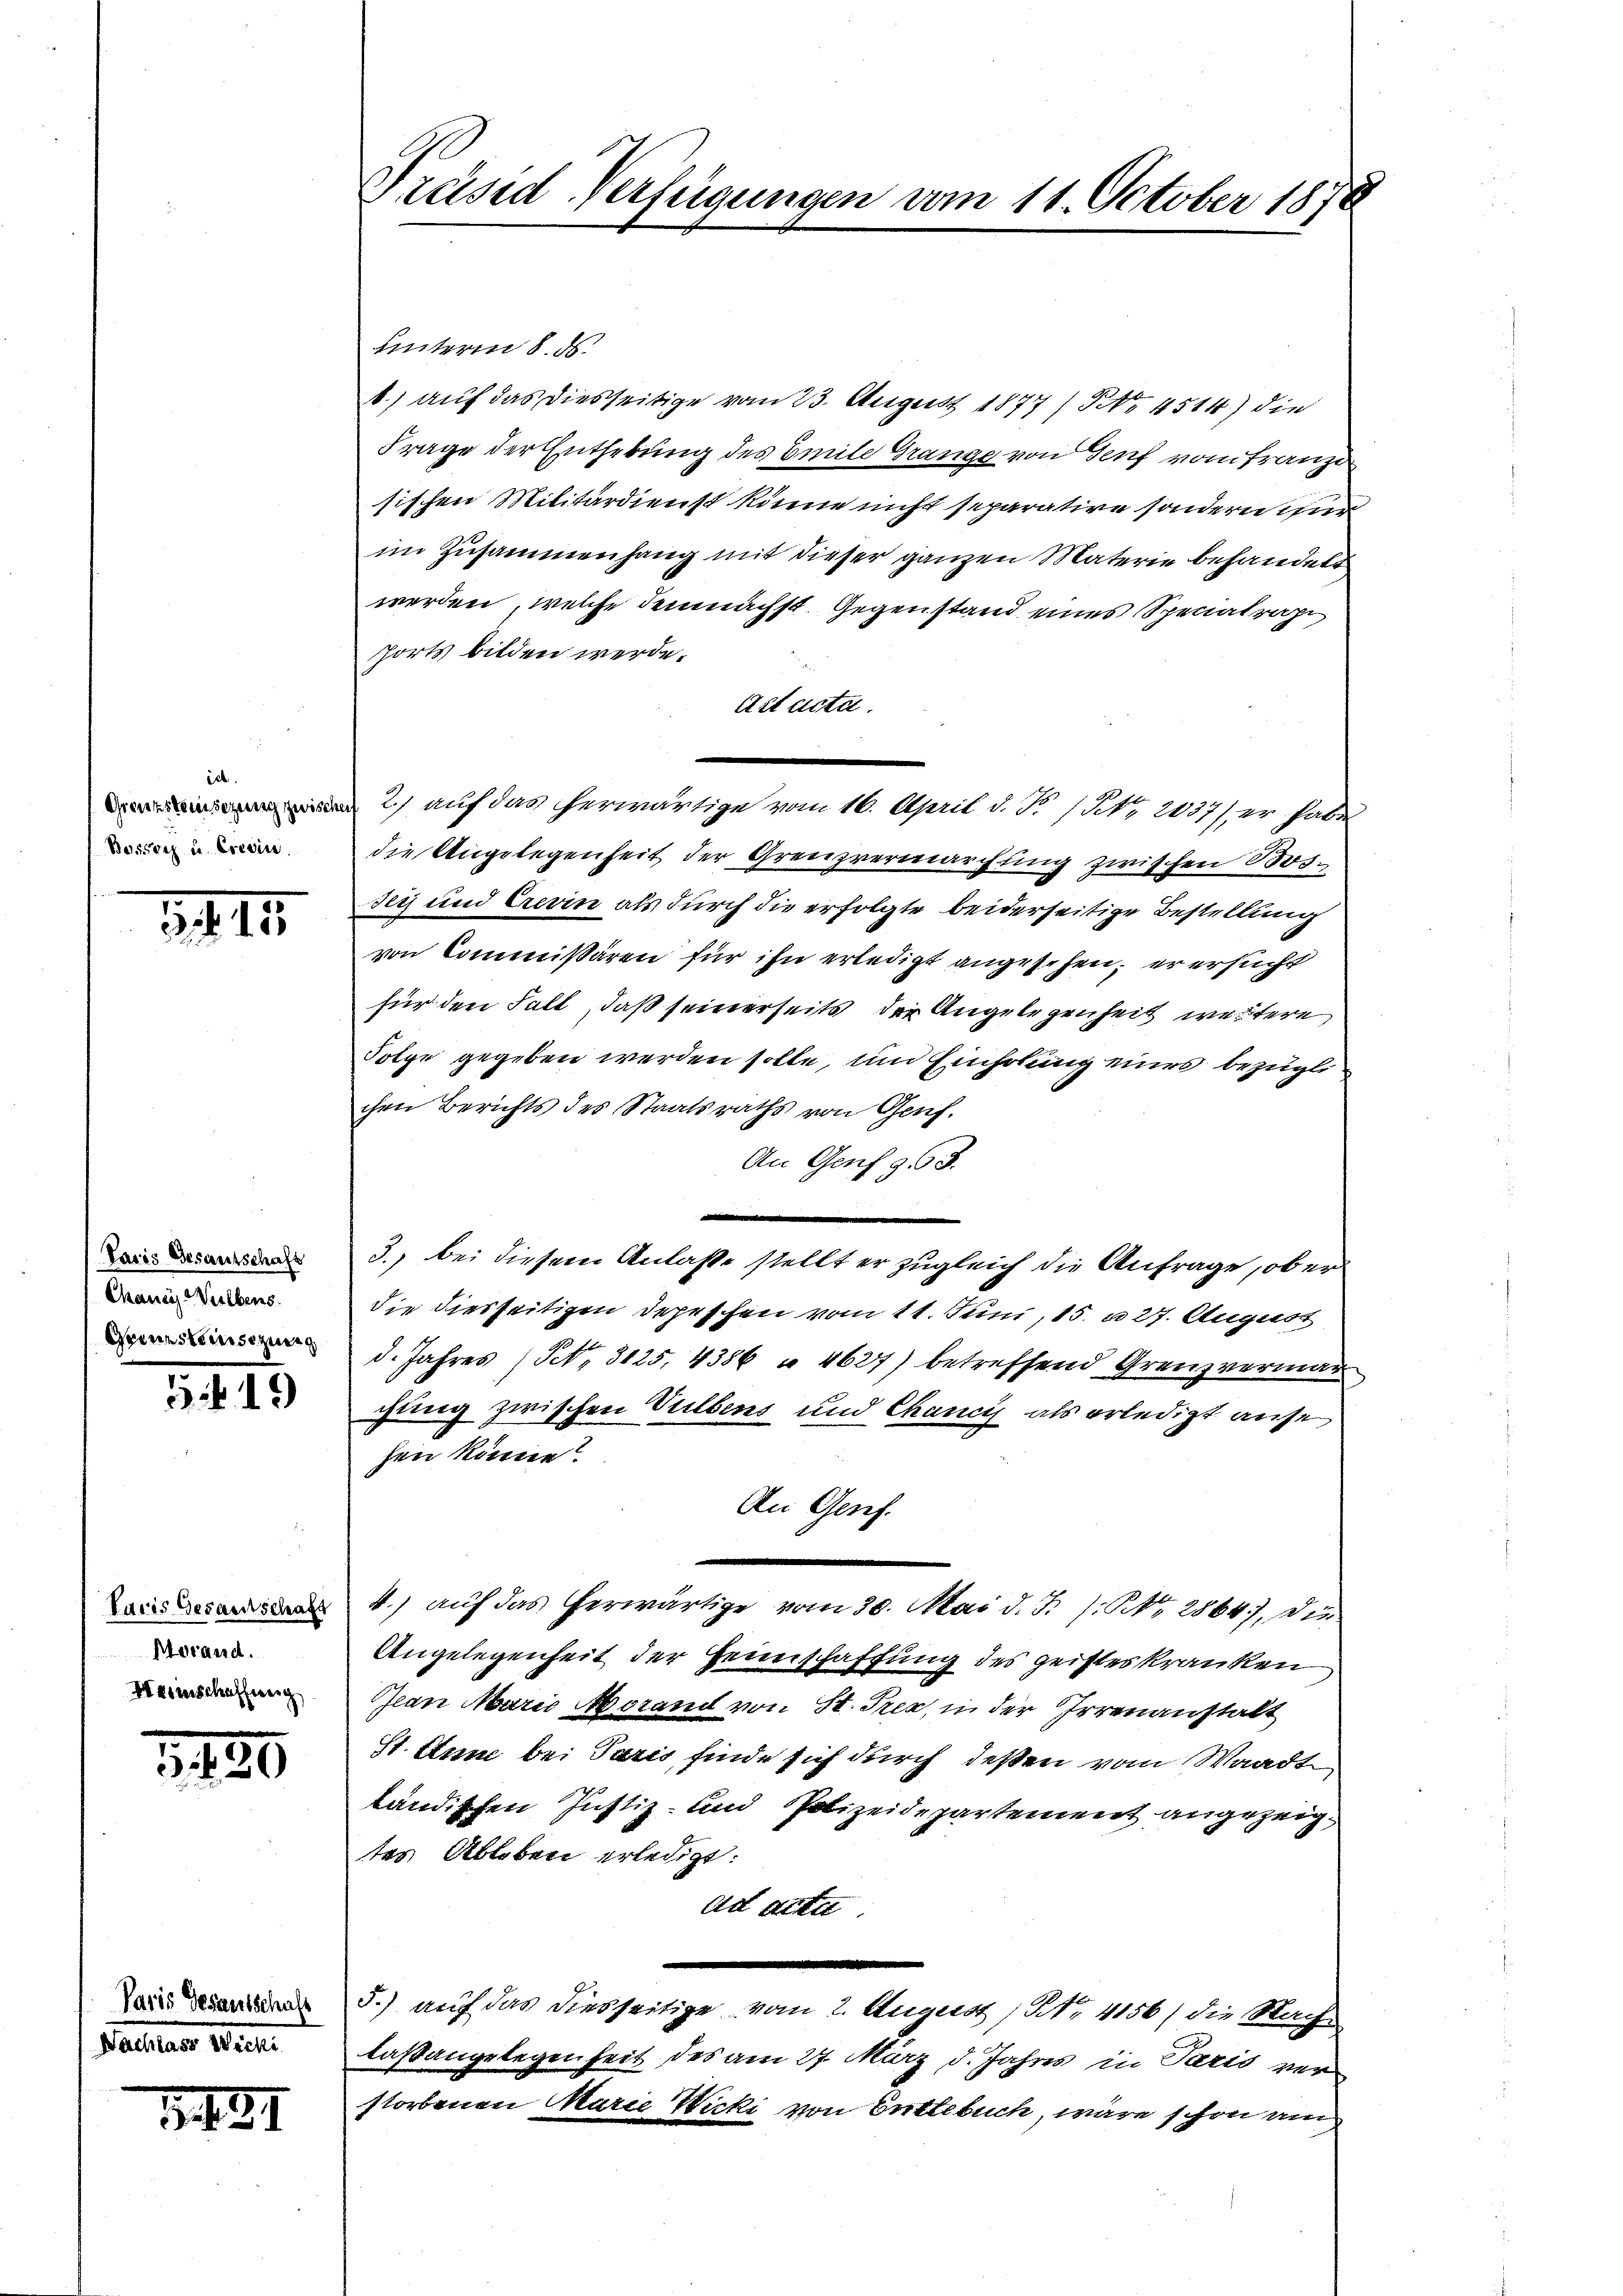
ich
Bossatz u. Crevin

24.11.

Pacis Gesantschaft
Chanc-Vilbers
Geistensizung

519)

Paris Gesamtschaft
Merand.
Weinschaffung

1420

Paris Gesantschaft
Paar Wien.

1491

Präsid-Verfügungen vom 11. October 1878

Unterm 8. d.
8) auf das diesseitige vom 23. August 1877 / NNo. 4514) die
Frage der Enthebung des Emile Gränze von Genf vom Franzi
sischen Militärdienst könne nicht separative sondern für
im Zusammenhang mit dieser ganzen Materie behandelt
werden, welche demnächst. Gegenstand eines Speciatrage
ports bilden werde.
Act acta.
 2) auf das herwärtige vom 16. April d. R. / No. 2137), er habe
die Angelegenheit der Grenzvermarchung zwischen Bos
sey und Ererin als durch die erfolgte beiderseitige Bestellung
von Commißären für ihn erledigt angesehen, er ersucht
für den Fall, daß seinerseits der Angelegenheit weitere
Folge gegeben werden solle, und Einholung eines bezüglichen Berichts des Staatsraths von Genf.
An Genf 963.
3., bei diesem Anlaße stellt er zugleich die Anfrage, ober
die diesseitigen Depeschen vom 11. Juni, 15. u 27. August
d. Jahres (S. 3125, 4386 " 4627) betreffend Grenzvermanchung zwischen Vulbens und Chancis als erledigt ause
hen könne?
An Geref.
n
4.) auf das herwärtige vom 30. Mai d. J. /: NNo. 2864), die
Angelegenheit der Heimschaffung des geisteskranken
Gean Marie orand von St. Prex, in der Irrenanstalt
St. Anne bei Paris finde sich durch deßen vom Waadt
ländischen Justiz- und Polizeidepartement angezeigtes Ableben erledigt:
ad acta.
5.) auf das diesseitige vom 2. August / NNo. 4156) die Nach-
laßangelegenheit des am 27. März d. Jahres in Paris ver
storbenen Marie Wicki von Entlebuch, wäre schon am